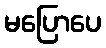
မပြောပေ